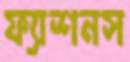
ফ্যাশনস